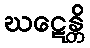
ဃဋေန္တိ